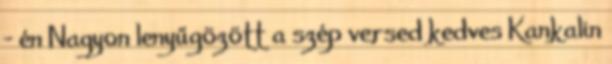
- én Nagyon lenyűgözött a szép versed kedves Kankalin